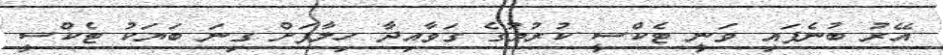
އޭރު ބުނެފައި ވަނީ ޓެކްސީ ކުރުމުގެ ގަވާއިދާ ހިލާފަށް ގިނަ ބަޔަކު ޓެކްސީ